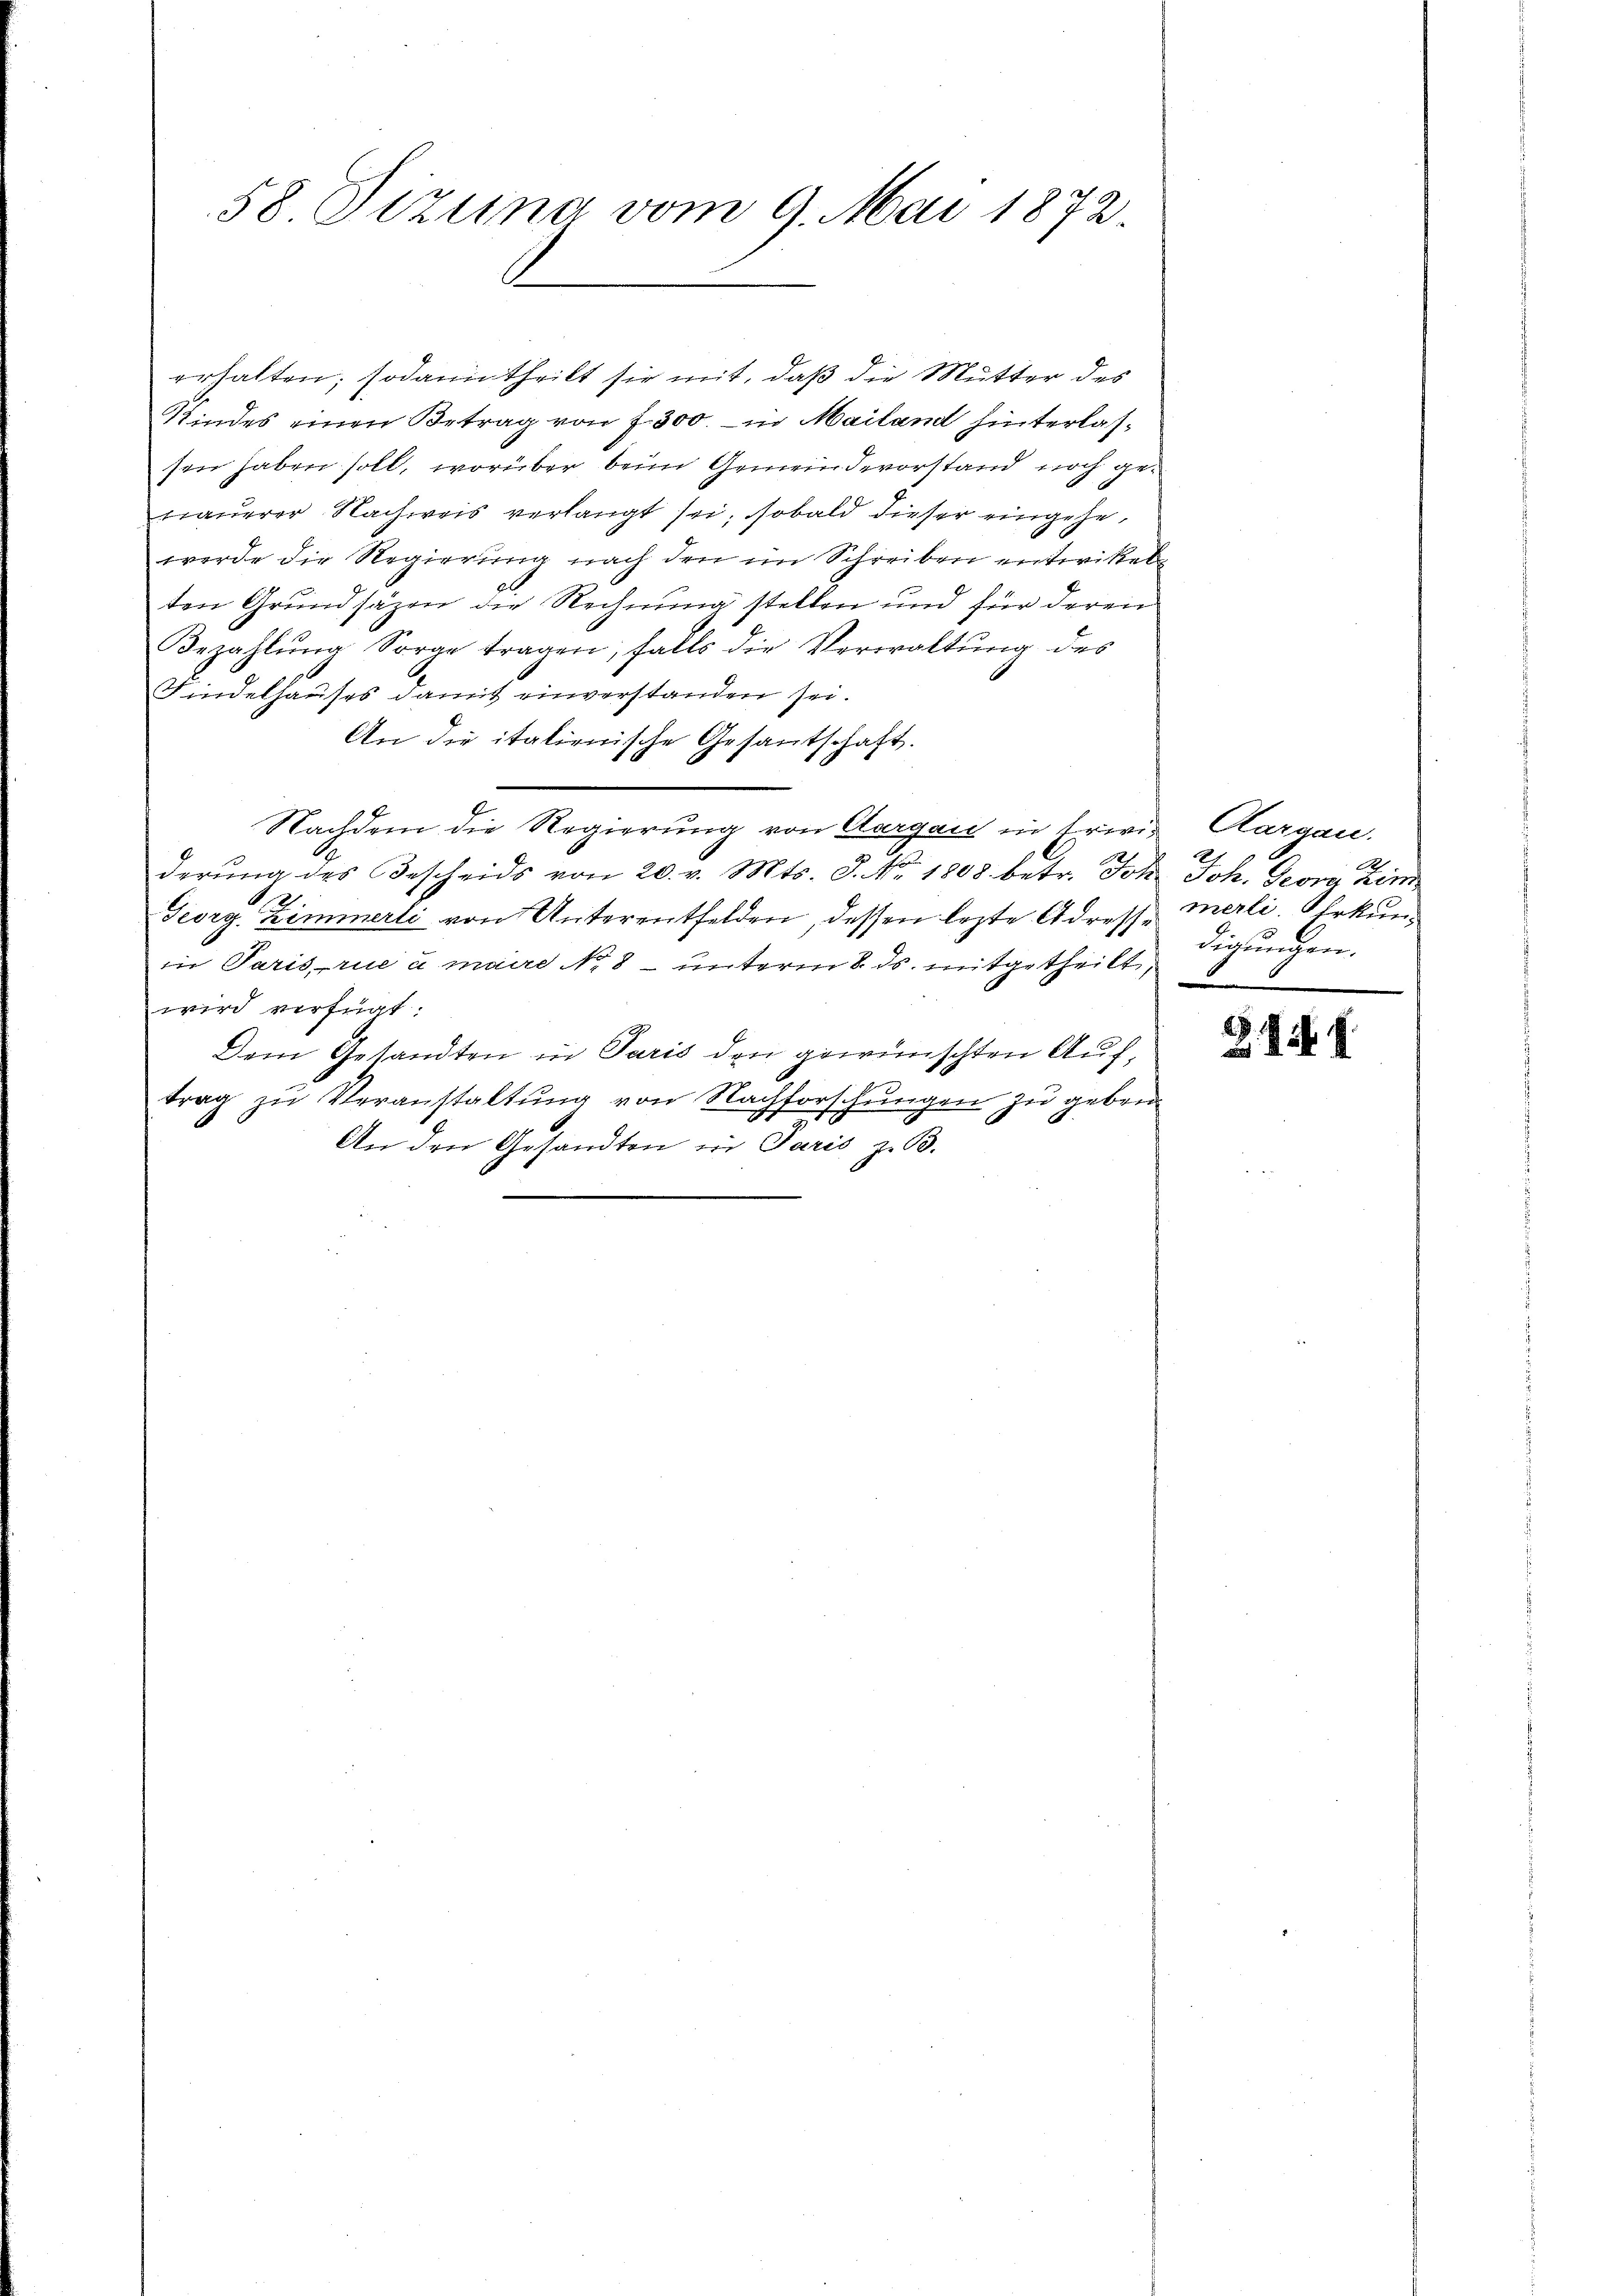
58. Jizuna vom 9. Mai 1872.

erhalten; sodann theilt sie mit, daß die Mutter des
Kindes einen Betrag von f. 300. - in Mailand hinterlassen haben soll, worüber beim Gemeindevorstand noch ge¬
Trauerer Nachweis verlangt sei, sobald dieser eingehe,
werde die Regierung nach den im Schreiben entwickel
ten Grŭndsäzen die Rechnŭng stellen und für deren
Bezahlŭng Sorge tragen, falls die Verwaltŭng des
Findelhauses damit einverstanden sei.
An die italienische Gesantschaft.
Nachdem die Regierung von Aargau in trivis, Aargau.
derŭng des Bescheids von 20. v. Mts. 3. No. 1808. betr. Joh. Joh. Georg Zin
.
Georg Zimmerli von Unterentfelden, dessen lezte Adresse
in Paris rue u maire No 8 – unterm 8. ds. mitgetheilt,
wird verfügt:
Dem Gesandten in Paris den gewünschten Auftrag zu Veranstaltung von Nachfo
schungen zu geben
S.
An den Gesandten in Paris z. B.

a
merli. Erkund
digungen.

§. 9. d.